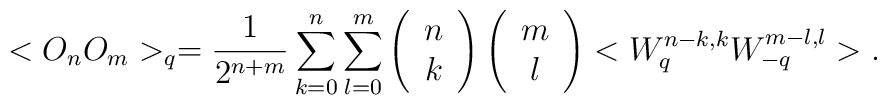
<O_{n}O_{m}>_{q} = \frac{1}{2^{n+m}}\sum _{k=0}^{n} \sum _{l=0}^{m}\left(\begin{array}{c}n \\ k\end{array} \right)\left(\begin{array}{c}m \\ l\end{array}\right)<W^{n-k,k}_{q}W^{m-l,l}_{-q}> .